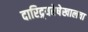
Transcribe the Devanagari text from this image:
दारिद्र्यरेषेखालचा